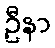
ဦနာ